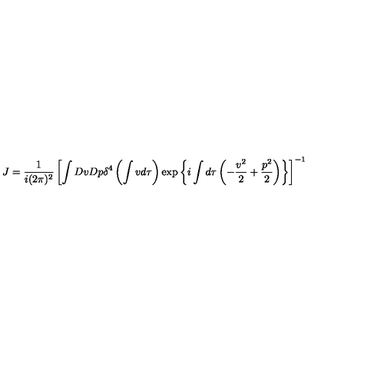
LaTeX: J = \frac { 1 } { i ( 2 \pi ) ^ { 2 } } \left[ \int D v D p \delta ^ { 4 } \left( \int v d \tau \right) \exp \left\{ i \int d \tau \left( - \frac { v ^ { 2 } } { 2 } + \frac { p ^ { 2 } } { 2 } \right) \right\} \right] ^ { - 1 }